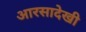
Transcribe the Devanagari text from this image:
आरसादेखी